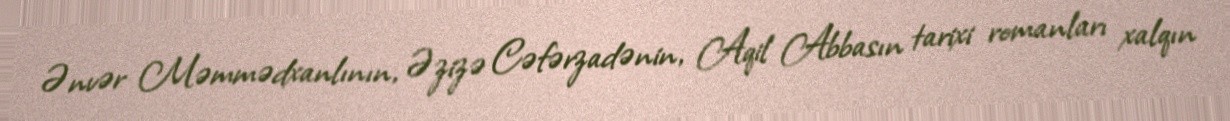
Ənvər Məmmədxanlının, Əzizə Cəfərzadənin, Aqil Abbasın tarixi romanları xalqın